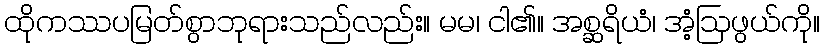
ထိုကဿပမြတ်စွာဘုရားသည်လည်း။ မမ၊ ငါ၏။ အစ္ဆရိယံ၊ အံ့ဩဖွယ်ကို။